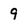
Character: 9